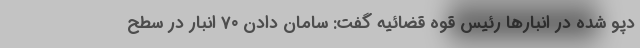
دپو شده در انبارها رئیس قوه قضائیه گفت: سامان دادن ۷۰ انبار در سطح